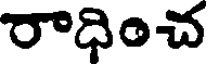
రాధించ